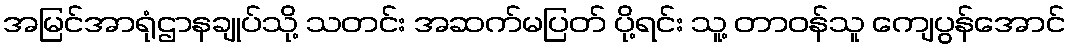
အမြင်အာရုံဌာနချုပ်သို့ သတင်း အဆက်မပြတ် ပို့ရင်း သူ့ တာဝန်သူ ကျေပွန်အောင်